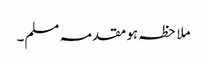
ملاحظہ ہو مقدمہ مسلم۔